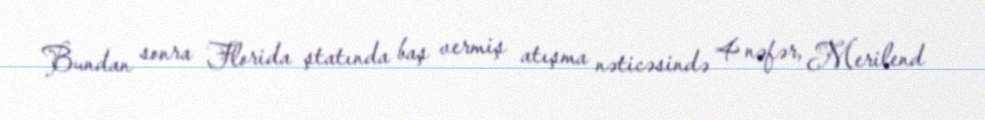
Bundan sonra Florida ştatında baş vermiş atışma nəticəsində 4 nəfər, Merilend